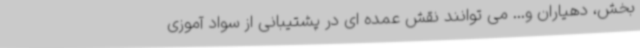
بخش، دهیاران و... می توانند نقش عمده ای در پشتیبانی از سواد آموزی